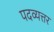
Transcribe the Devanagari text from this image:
पदव्यत्तर